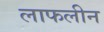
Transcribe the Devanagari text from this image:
लाफलीन